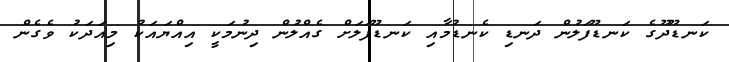
ކަނޑޫދޫގެ ކަނޑޫފަލުން ދަނޑި ކެނޑުމާއި ކަނޑޫފަލަށް ގެއްލުން ދިނުމަކީ އިއްޔައަކު މިއަދަކު ވެގެން